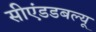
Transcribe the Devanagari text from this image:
सीएंडडबल्यू